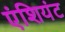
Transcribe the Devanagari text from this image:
एंशियंट